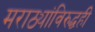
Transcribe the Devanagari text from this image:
मराठ्यांविरुद्धही